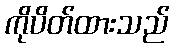
ကိုပိတ်ထားသည်